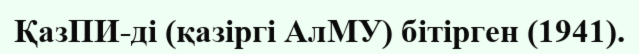
ҚазПИ-ді (қазіргі АлМУ) бітірген (1941).